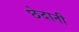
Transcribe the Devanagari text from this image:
छेदानी